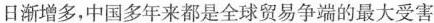
日渐增多，中国多年来都是全球贸易争端的最大受害